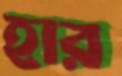
হার